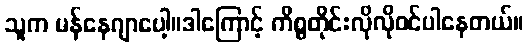
သူက မန်နေဂျာပေါ့။ဒါကြောင့် ကိစ္စတိုင်းလိုလိုဝင်ပါနေတယ်။